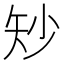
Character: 𪿉